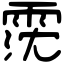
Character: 霃